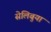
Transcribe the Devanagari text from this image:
सेलिबुया